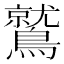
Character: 鷲